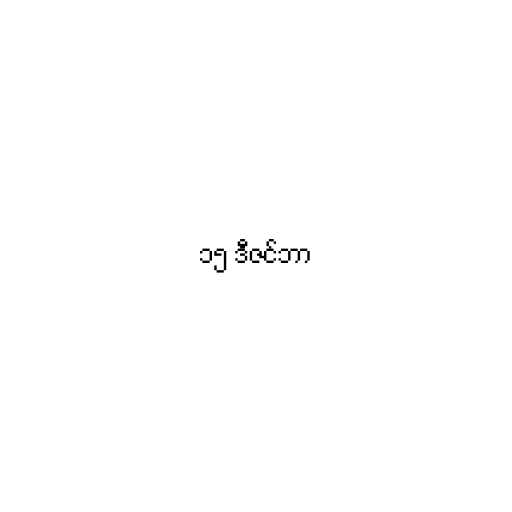
၁၅ ဒီဇင်ဘာ